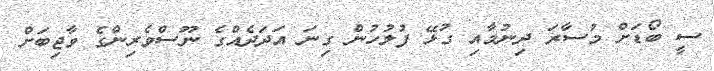
ސީ ބޯޑަށް މުސާރަ ދިނުމާއި ގުޅޭ ފުލުހުން ގިނަ އަދަދެއްގެ ނޫސްވެރިންގެ ވާޖިބަށް